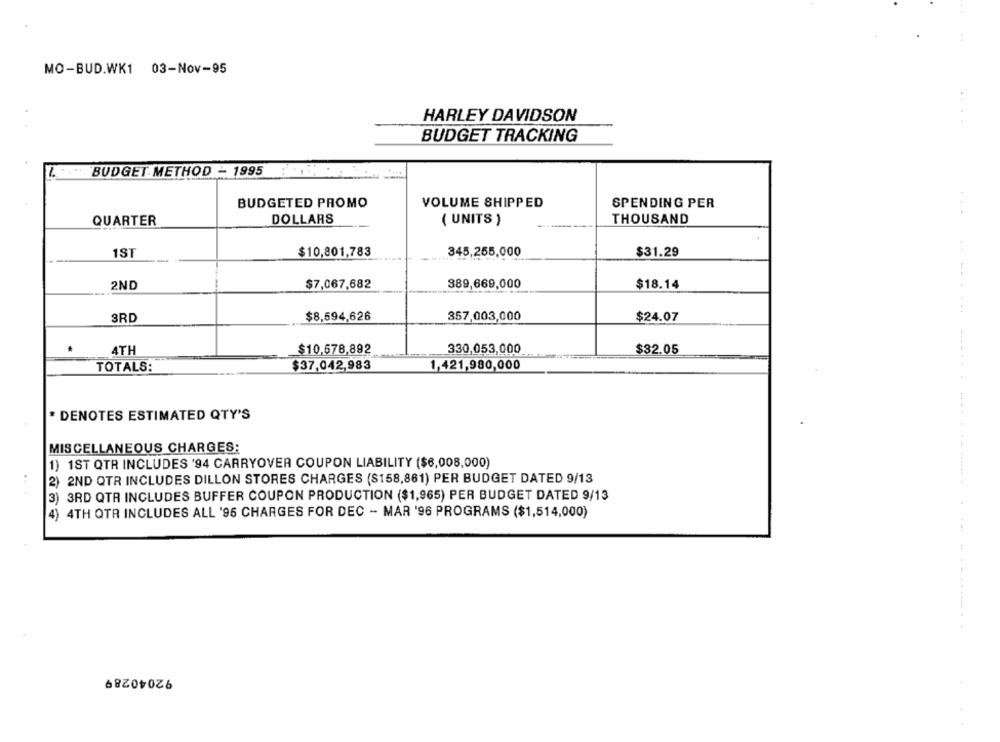
MO-BUD.WK1 03-Nov-95
HARLEY DAVIDSON
BUDGET TRACKING
BUDGET METHOD - 1995
BUDGETED PROMO
VOLUME SHIPPED
SPENDING PER
QUARTER
DOLLARS
( UNITS )
THOUSAND
1ST
$10,801,783
345,255,000
$31.29
2ND
$7,067,682
389,669,000
$18.14
3RD
$8,594,626
357,003,000
$24.07
$10,578,892
330,053,000
4TH
$32.05
TOTALS:
$37,042,983
1,421,980,000
* DENOTES ESTIMATED QTY'S
MISCELLANEOUS CHARGES:
1) 1ST QTR INCLUDES '94 CARRYOVER COUPON LIABILITY ($6,008,000)
2) 2ND QTR INCLUDES DILLON STORES CHARGES (S158,861) PER BUDGET DATED 9/13
3) 3RD QTR INCLUDES BUFFER COUPON PRODUCTION ($1,965) PER BUDGET DATED 9/13
4) 4TH QTR INCLUDES ALL '95 CHARGES FOR DEC - MAR '96 PROGRAMS ($1,514,000)
92040289